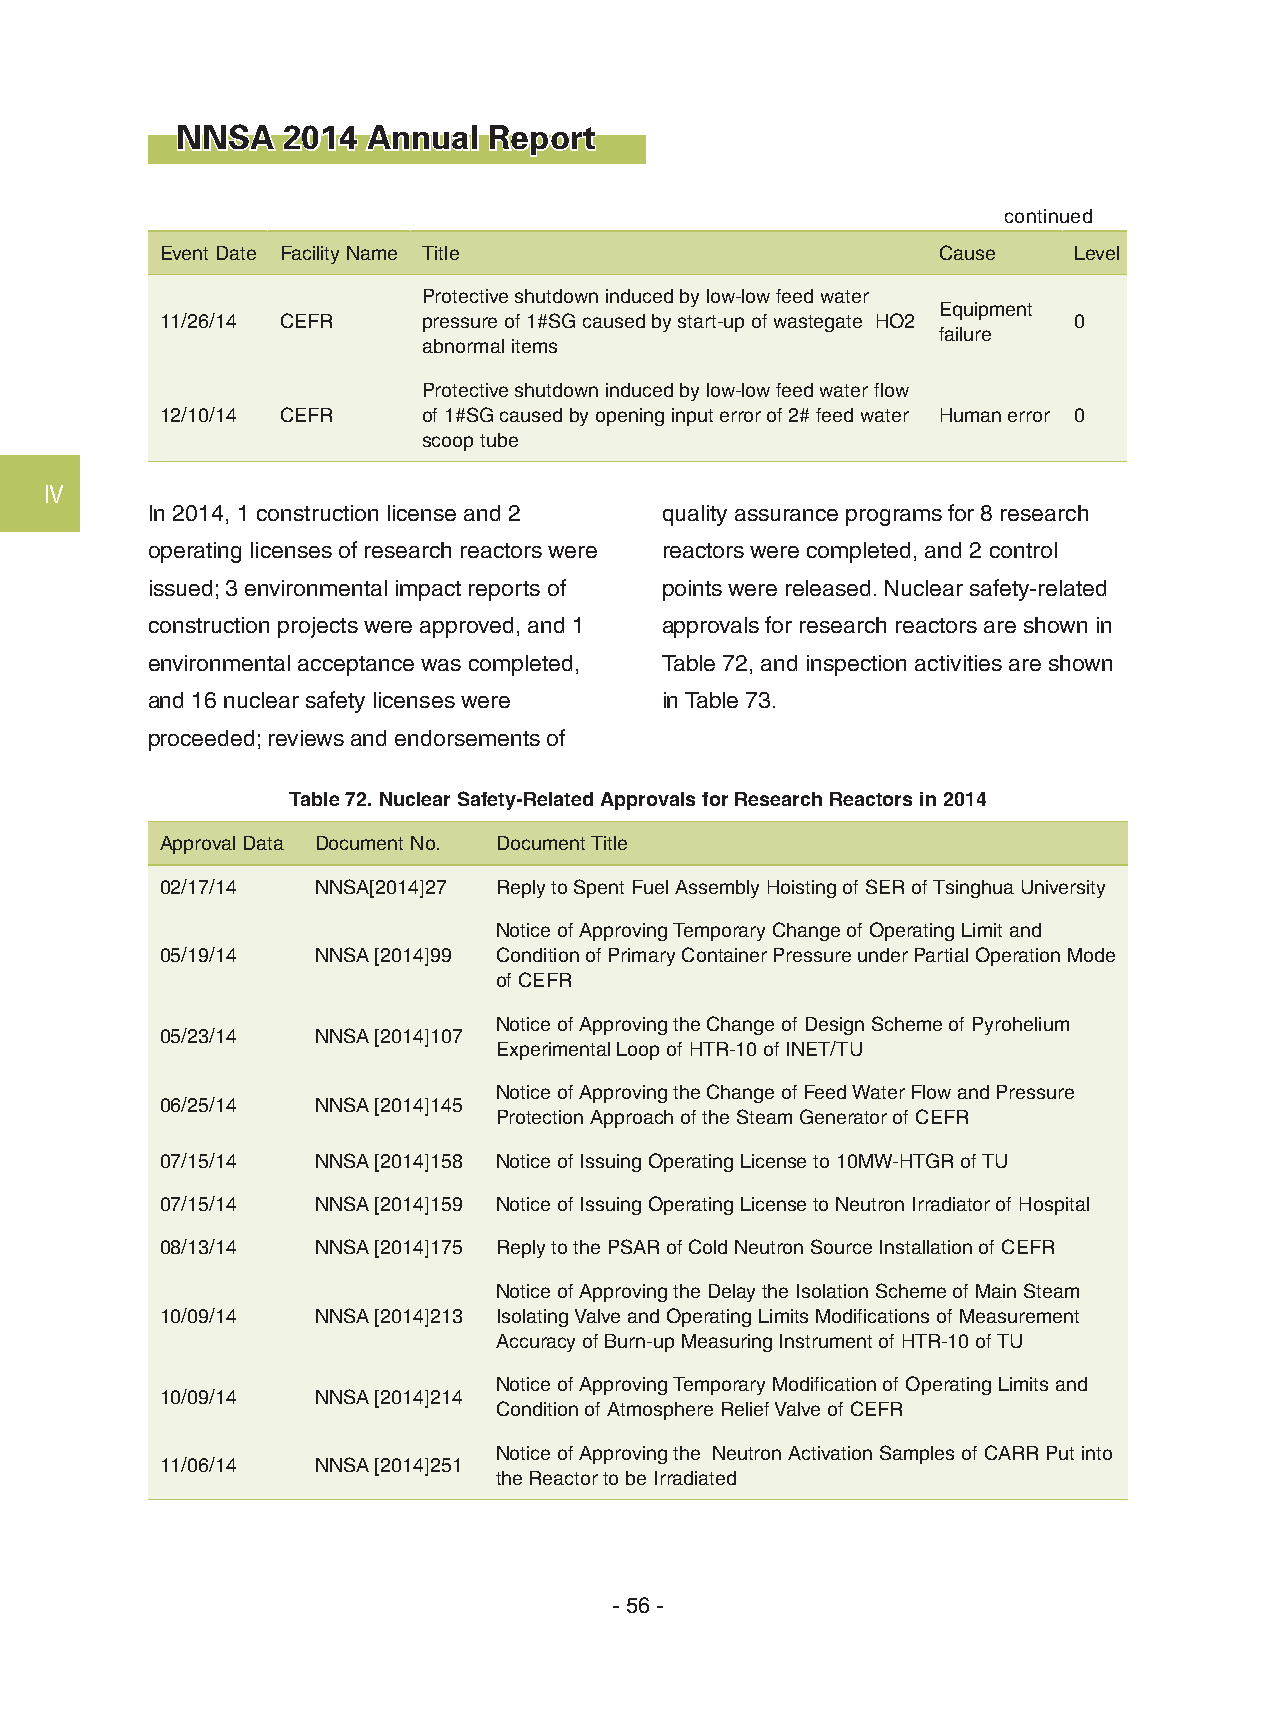
NNSA   2014 Annual  Report
 continued
 Event Date Facility Name Title                     Cause    Level
 Protective shutdown induced by low-low feed water
 Equipment
 11/26/14 CEFR    pressure of 1#SG caused by start-up of wastegate HO2 0
 failure
 abnormal items
 Protective shutdown induced by low-low feed water flow
 12/10/14 CEFR    of 1#SG caused by opening input error of 2# feed water Human error 0
 scoop tube
 Ⅳ
 In 2014, 1 construction license and 2 quality assurance programs for 8 research
 operating licenses of research reactors were reactors were completed, and 2 control
 issued; 3 environmental impact reports of points were released. Nuclear safety-related
 construction projects were approved, and 1 approvals for research reactors are shown in
 environmental acceptance was completed, Table 72, and inspection activities are shown
 and 16 nuclear safety licenses were in Table 73.
 proceeded; reviews and endorsements of
 Table 72. Nuclear Safety-Related Approvals for Research Reactors in 2014
 Approval Data Document No. Document Title
 02/17/14  NNSA[2014]27 Reply to Spent Fuel Assembly Hoisting of SER of Tsinghua University
 Notice of Approving Temporary Change of Operating Limit and
 05/19/14  NNSA [2014]99 Condition of Primary Container Pressure under Partial Operation Mode
 of CEFR
 Notice of Approving the Change of Design Scheme of Pyrohelium
 05/23/14  NNSA [2014]107
 Experimental Loop of HTR-10 of INET/TU
 Notice of Approving the Change of Feed Water Flow and Pressure
 06/25/14  NNSA [2014]145
 Protection Approach of the Steam Generator of CEFR
 07/15/14  NNSA [2014]158 Notice of Issuing Operating License to 10MW-HTGR of TU
 07/15/14  NNSA [2014]159 Notice of Issuing Operating License to Neutron Irradiator of Hospital
 08/13/14  NNSA [2014]175 Reply to the PSAR of Cold Neutron Source Installation of CEFR
 Notice of Approving the Delay the Isolation Scheme of Main Steam
 10/09/14  NNSA [2014]213 Isolating Valve and Operating Limits Modifications of Measurement
 Accuracy of Burn-up Measuring Instrument of HTR-10 of TU
 Notice of Approving Temporary Modification of Operating Limits and
 10/09/14  NNSA [2014]214
 Condition of Atmosphere Relief Valve of CEFR
 Notice of Approving the Neutron Activation Samples of CARR Put into
 11/06/14  NNSA [2014]251
 the Reactor to be Irradiated
 - 56 -